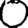
Digit: 0